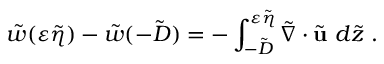
\tilde { w } ( \varepsilon \tilde { \eta } ) - \tilde { w } ( - \tilde { D } ) = - \int _ { - \tilde { D } } ^ { \varepsilon \tilde { \eta } } \tilde { \nabla } \cdot \tilde { \mathbf { u } } ~ d \tilde { z } \ .